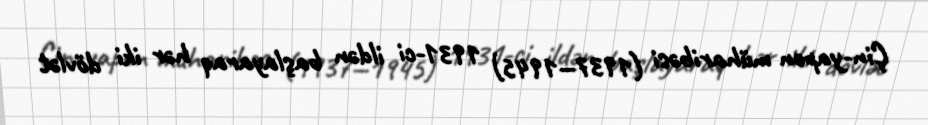
Çin-yapon müharibəsi (1937—1945) 1931-ci ildən başlayaraq hər iki dövlət